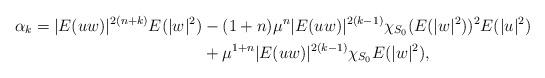
LaTeX: \begin{align*}\alpha_k=|E(uw)|^{2(n+k)}E(|w|^2)&-(1+n)\mu^n|E(uw)|^{2(k-1)}\chi_{S_0}(E(|w|^2))^2E(|u|^2)\\&+\mu^{1+n}|E(uw)|^{2(k-1)}\chi_{S_0}E(|w|^2),\end{align*}